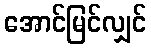
အောင်မြင်လျှင်